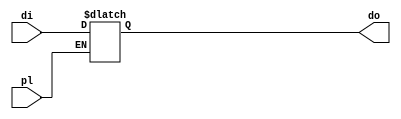
`timescale 1ns / 1ps
//////////////////////////////////////////////////////////////////////////////////
// Company: 
// Engineer: 
// 
// Design Name: 
// Module Name: reg
// Project Name: 
// Target Devices: 
// Tool Versions: 
// Description: 
// 
// Dependencies: 
// 
// Revision:
// Revision 0.01 - File Created
// Additional Comments:
// 
//////////////////////////////////////////////////////////////////////////////////


module regn(pl,di,do);
parameter n=12;
input pl;
input [n-1:0]di;
output reg [n-1:0]do;
always@(pl or di)
begin
    if(pl)
        do<=di;
end
endmodule